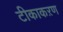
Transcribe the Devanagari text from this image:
टीकाकऱण